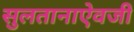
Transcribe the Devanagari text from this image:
सुलतानाऐवजी